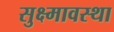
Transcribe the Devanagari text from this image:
सुक्ष्मावस्था